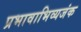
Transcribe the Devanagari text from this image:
प्रभावाभिव्यजंक